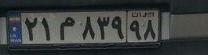
۲۱م۸۳۹۹۸